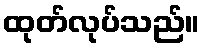
ထုတ်လုပ်သည်။